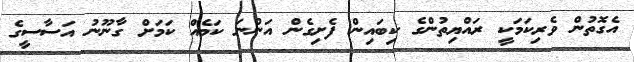
އެގޮތުން ވެރިކަމަކީ ރައްޔިތުންގެ ކިބައިން ފެށިގެން އަންނަ ކަމެއް ކަމަށް ގާނޫނު އަސާސީގެ